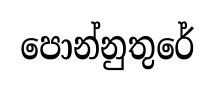
පොන්නුතුරේ